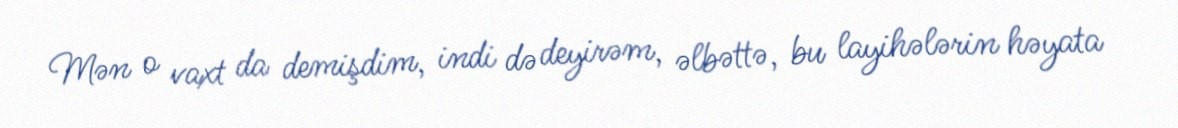
Mən o vaxt da demişdim, indi də deyirəm, əlbəttə, bu layihələrin həyata